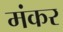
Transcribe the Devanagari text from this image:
मंकर